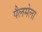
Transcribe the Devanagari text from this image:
पैलमेला